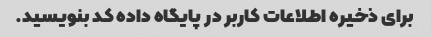
برای ذخیره اطلاعات کاربر در پایگاه داده کد بنویسید.